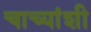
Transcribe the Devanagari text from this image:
चाच्यांशी